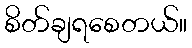
စိတ်ချရစေတယ်။